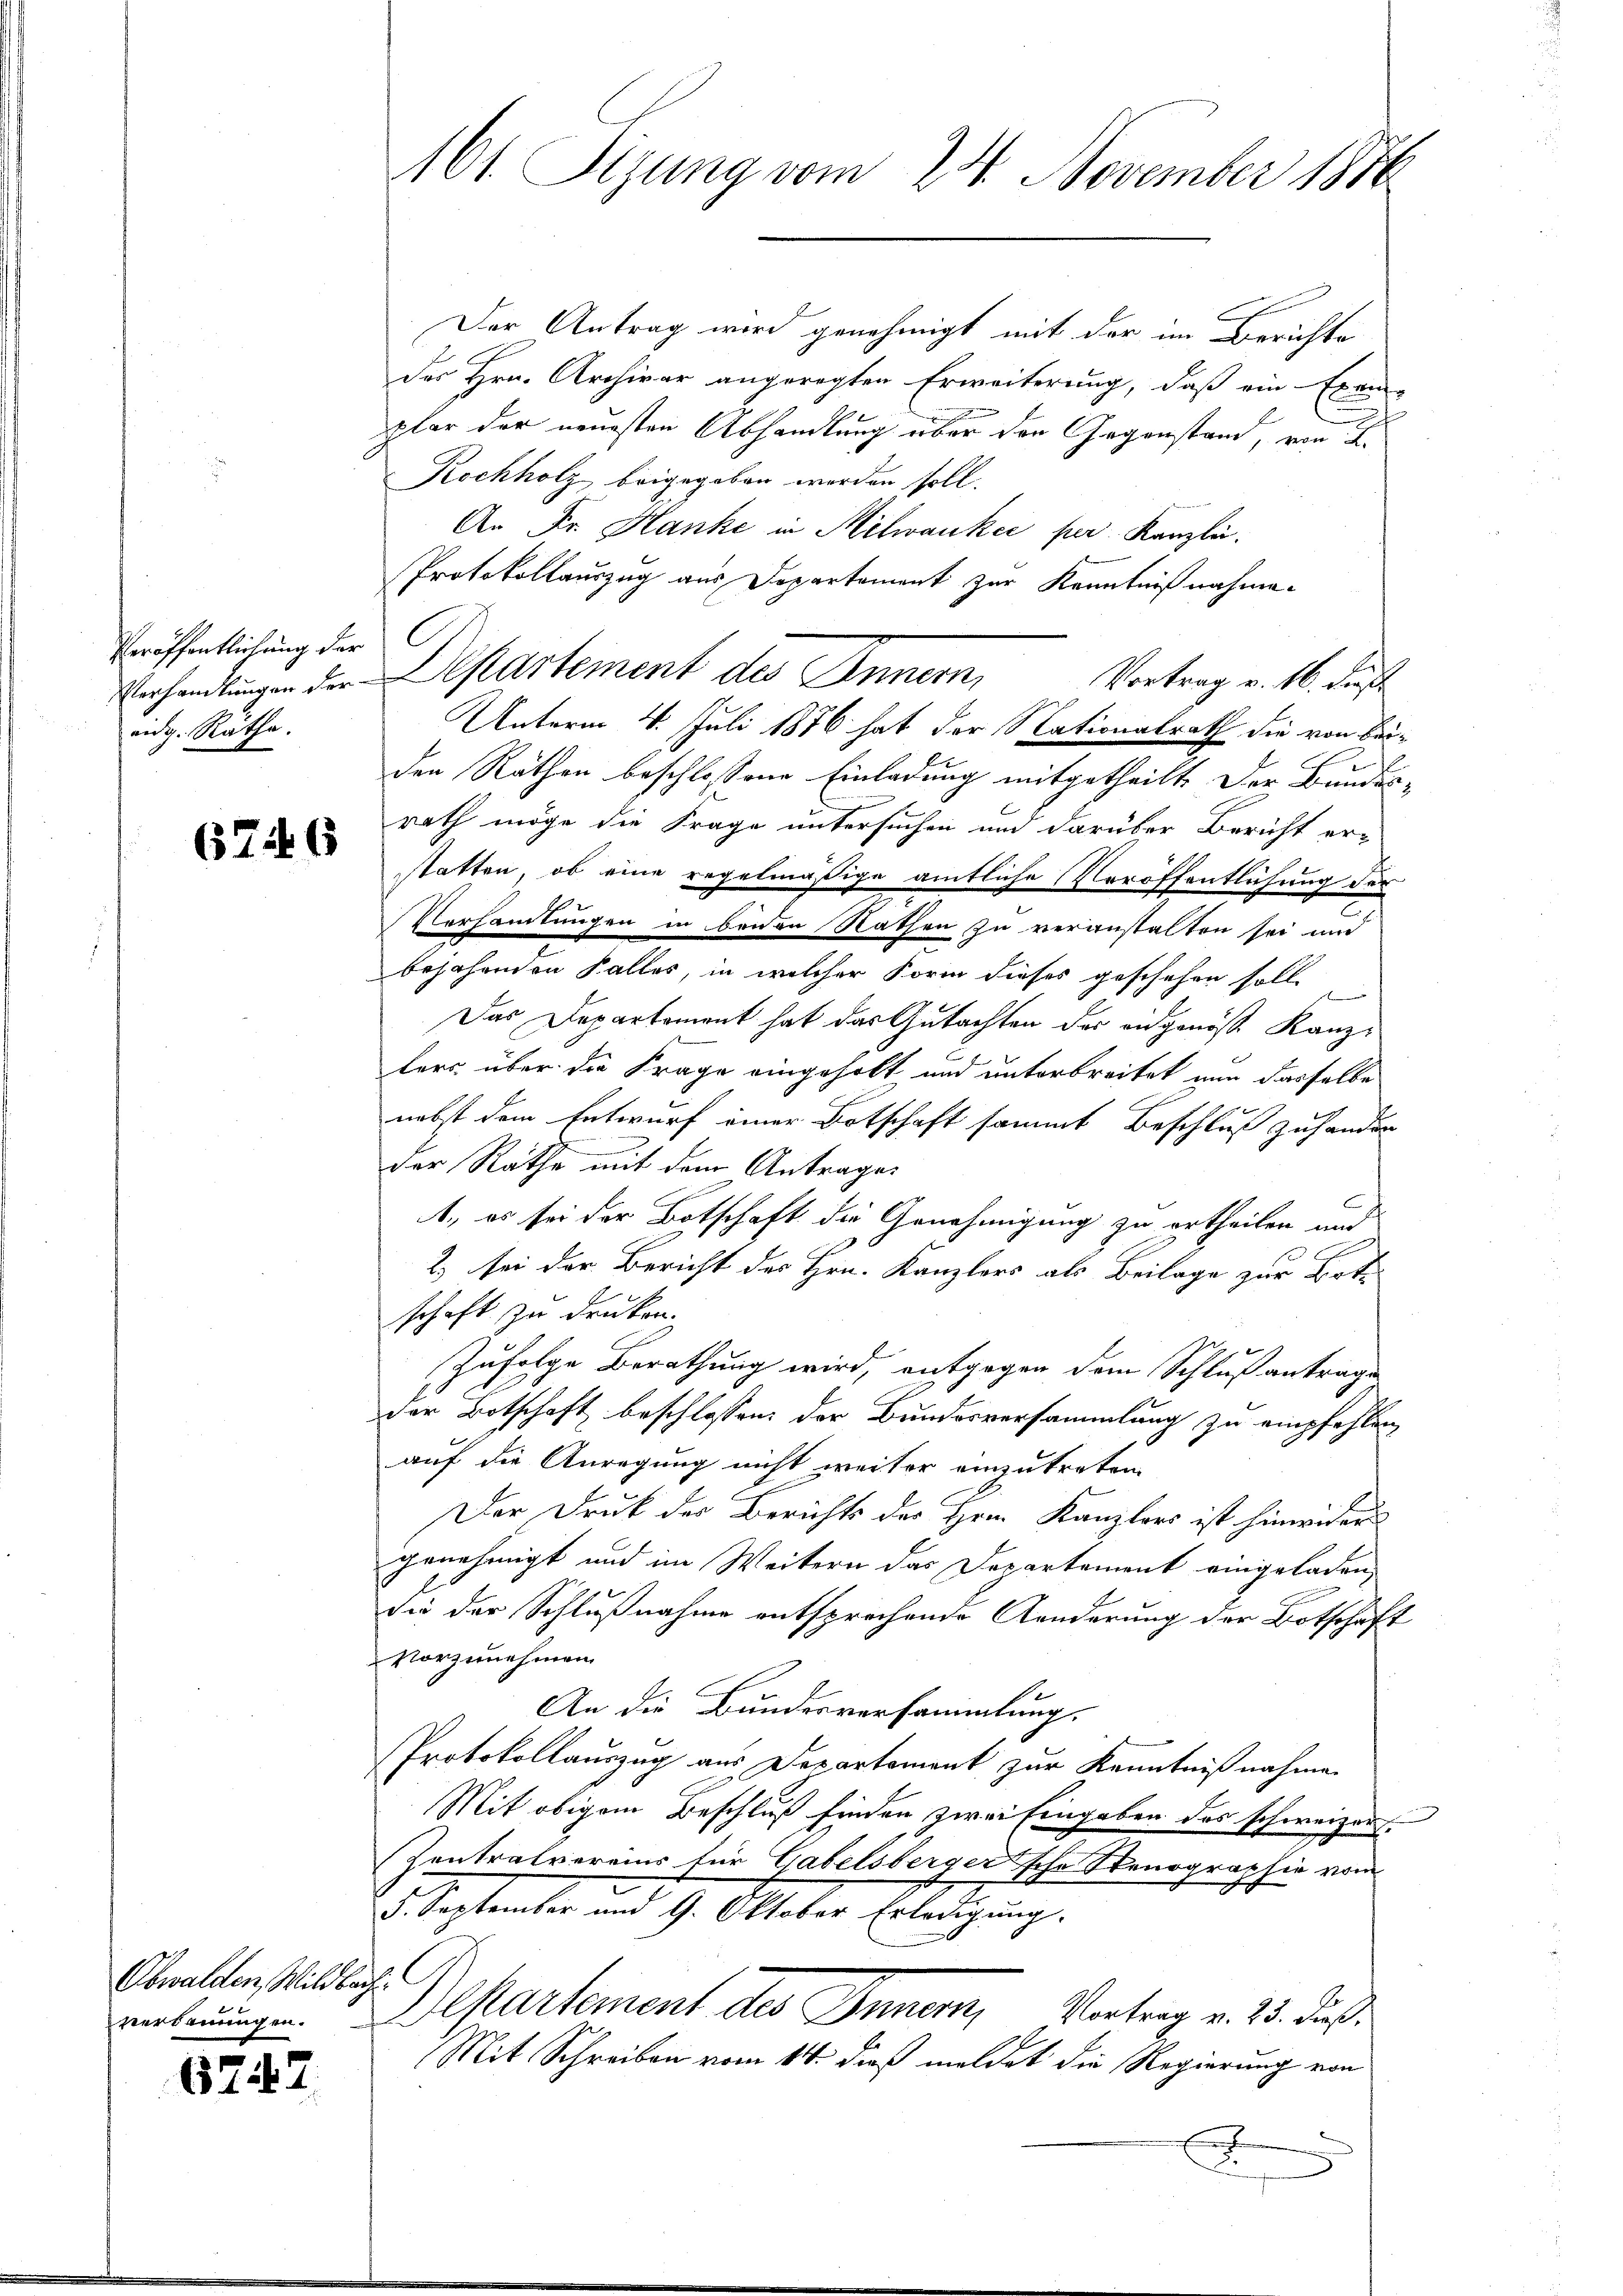
Veröffentlichung der
eidg. Räthe.

6746

Obwalden, Wildbach
verdauungen.

6747

Der Antrag wird genehmigt mit der im Berichte
des Hrn. Archivar angeregten Erweiterung, daß ein Exem-
plar der neuesten Abhandlung über den Gegenstand, von 2.
Kochholz beigegeben werden soll.
An Dr. Hanke in Milwaukei per Kanzlei.
Protokollauszug aus Departement zur Kenntnißnahme.
C
Behandlungen der Departement des Innern,
den Räthen beschlossene Einladung mitgetheilt. Der Bundes-
f
rath möge die Frage untersuchen und darüber Bericht er-
statten, ob eine regelmäßige amtliche Veröffentlichung der
i
Vorhandlungen in beiden Rathen zu veranstalten sei und
bejahenden Falles, in welcher Form dieses geschehen soll,
Das Departement hat das Gutachten der eidgenöß. Kanzlers über die Frage eingeholt und unterbreitet nun dasselbe
nebst dem Entwurf einer Botschaft sammt Beschluß zuhander
der Rathe mit dem Antrages
1., es sei der Botschaft die Genehmigung zu ertheilen und
2) sei der Bericht des Hrn. Kanzlers als Beilage zur Bote
schaft zu drucken.
Zufolge Berathung wird, entgegen dem Schlußantrage
der Botschaft beschlossen, der Bundesversammlung zu empfehlen,
auf die Anregung nicht weiter einzutreten
Der Druck der Berichts des Hrn. Kanzlers ist hinwider
genehmigt und im Weitern das Departement eingeladen,
die der Schlußnahme entsprochende Kanderung der Botschaft
Vorzunehmen.
An die Bundesversammlung.
Protokollauszug aus Departement zur Kenntnißnahmen
Mit obigem Beschluß finden zwei Eingaben des schweizer.
Zentratvereins für Gabelsberger'sche Stenographie vom
5. Septenten und 9. Abbeter Erledigung.
Departement des Innern,
Vortrag v. 23. dieß.
Mit Schreiben vom 14. dieß meldet die Regierung von
s
A

161 Sizung vom 24. November 1876

Vortrag v. 16. dieß
Unterm 4. Juli 1876 hat der Nationalrath die von bei¬